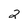
Character: 2